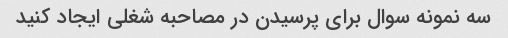
سه نمونه سوال برای پرسیدن در مصاحبه شغلی ایجاد کنید